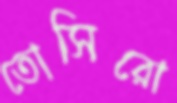
তোসিরো